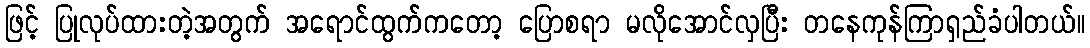
ဖြင့် ပြုလုပ်ထားတဲ့အတွက် အရောင်ထွက်ကတော့ ပြောစရာ မလိုအောင်လှပြီး တနေကုန်ကြာရှည်ခံပါတယ်။